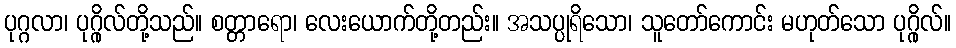
ပုဂ္ဂလာ၊ ပုဂ္ဂိုလ်တို့သည်။ စတ္တာရော၊ လေးယောက်တို့တည်း။ အသပ္ပုရိသော၊ သူတော်ကောင်း မဟုတ်သော ပုဂ္ဂိုလ်။